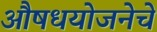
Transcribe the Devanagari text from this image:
औषधयोजनेचे